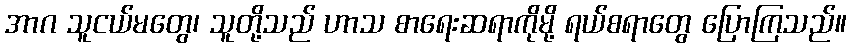
အာဂ သူငယ်မတွေ၊ သူတို့သည် ဟာသ စာရေးဆရာကိုမို့ ရယ်စရာတွေ ပြောကြသည်။